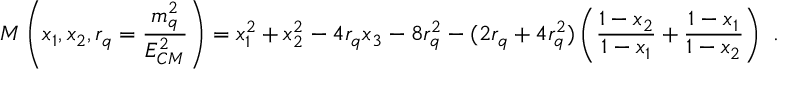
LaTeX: M \left( x _ { 1 } , x _ { 2 } , r _ { q } = \frac { m _ { q } ^ { 2 } } { E _ { C M } ^ { 2 } } \right) = x _ { 1 } ^ { 2 } + x _ { 2 } ^ { 2 } - 4 r _ { q } x _ { 3 } - 8 r _ { q } ^ { 2 } - ( 2 r _ { q } + 4 r _ { q } ^ { 2 } ) \left( \frac { 1 - x _ { 2 } } { 1 - x _ { 1 } } + \frac { 1 - x _ { 1 } } { 1 - x _ { 2 } } \right) ~ .